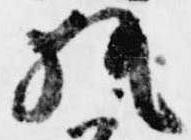
執